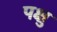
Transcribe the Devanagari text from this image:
पक्षु